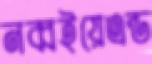
নব্বইয়েএন্ড